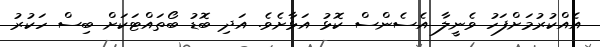
އެއްކުރުމަށްފަހު ވެނީލާ އެސެންސް ކޮޅު އަޅާށެވެ. އަދި ބޮޑު ބޯތައްޓަކަށް ބިސް ހަކުރު